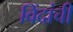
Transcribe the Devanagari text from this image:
विंदांची